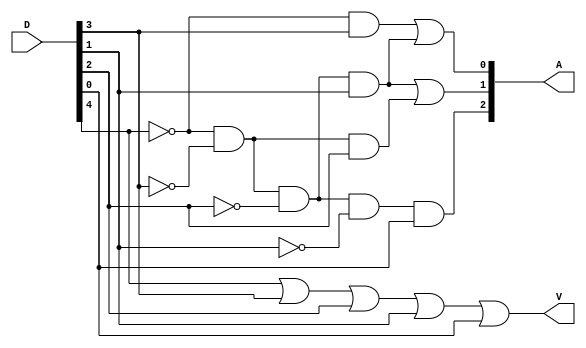
module Lab2_encoder_5bit_dataflow (input [0:4]D,output [2:0]A,output V);
    
    assign A[0]=((~D[0]) & D[1]) | ((~D[0]) & (~D[1]) & (~D[2]) & D[3]);
    assign A[1]=((~D[0]) & (~D[1]) & (~D[2]) & D[3])|((~D[0]) & (~D[1]) & D[2]);
    assign A[2]=(~D[0]) & (~D[1]) & (~D[2]) & (~D[3]) & D[4];
    assign V=D[0] | D[1] | D[2] | D[3] | D[4];

endmodule